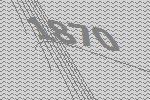
1870